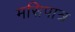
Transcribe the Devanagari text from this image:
मसिपात्र